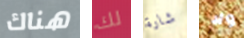
هناك لك شارة ولا